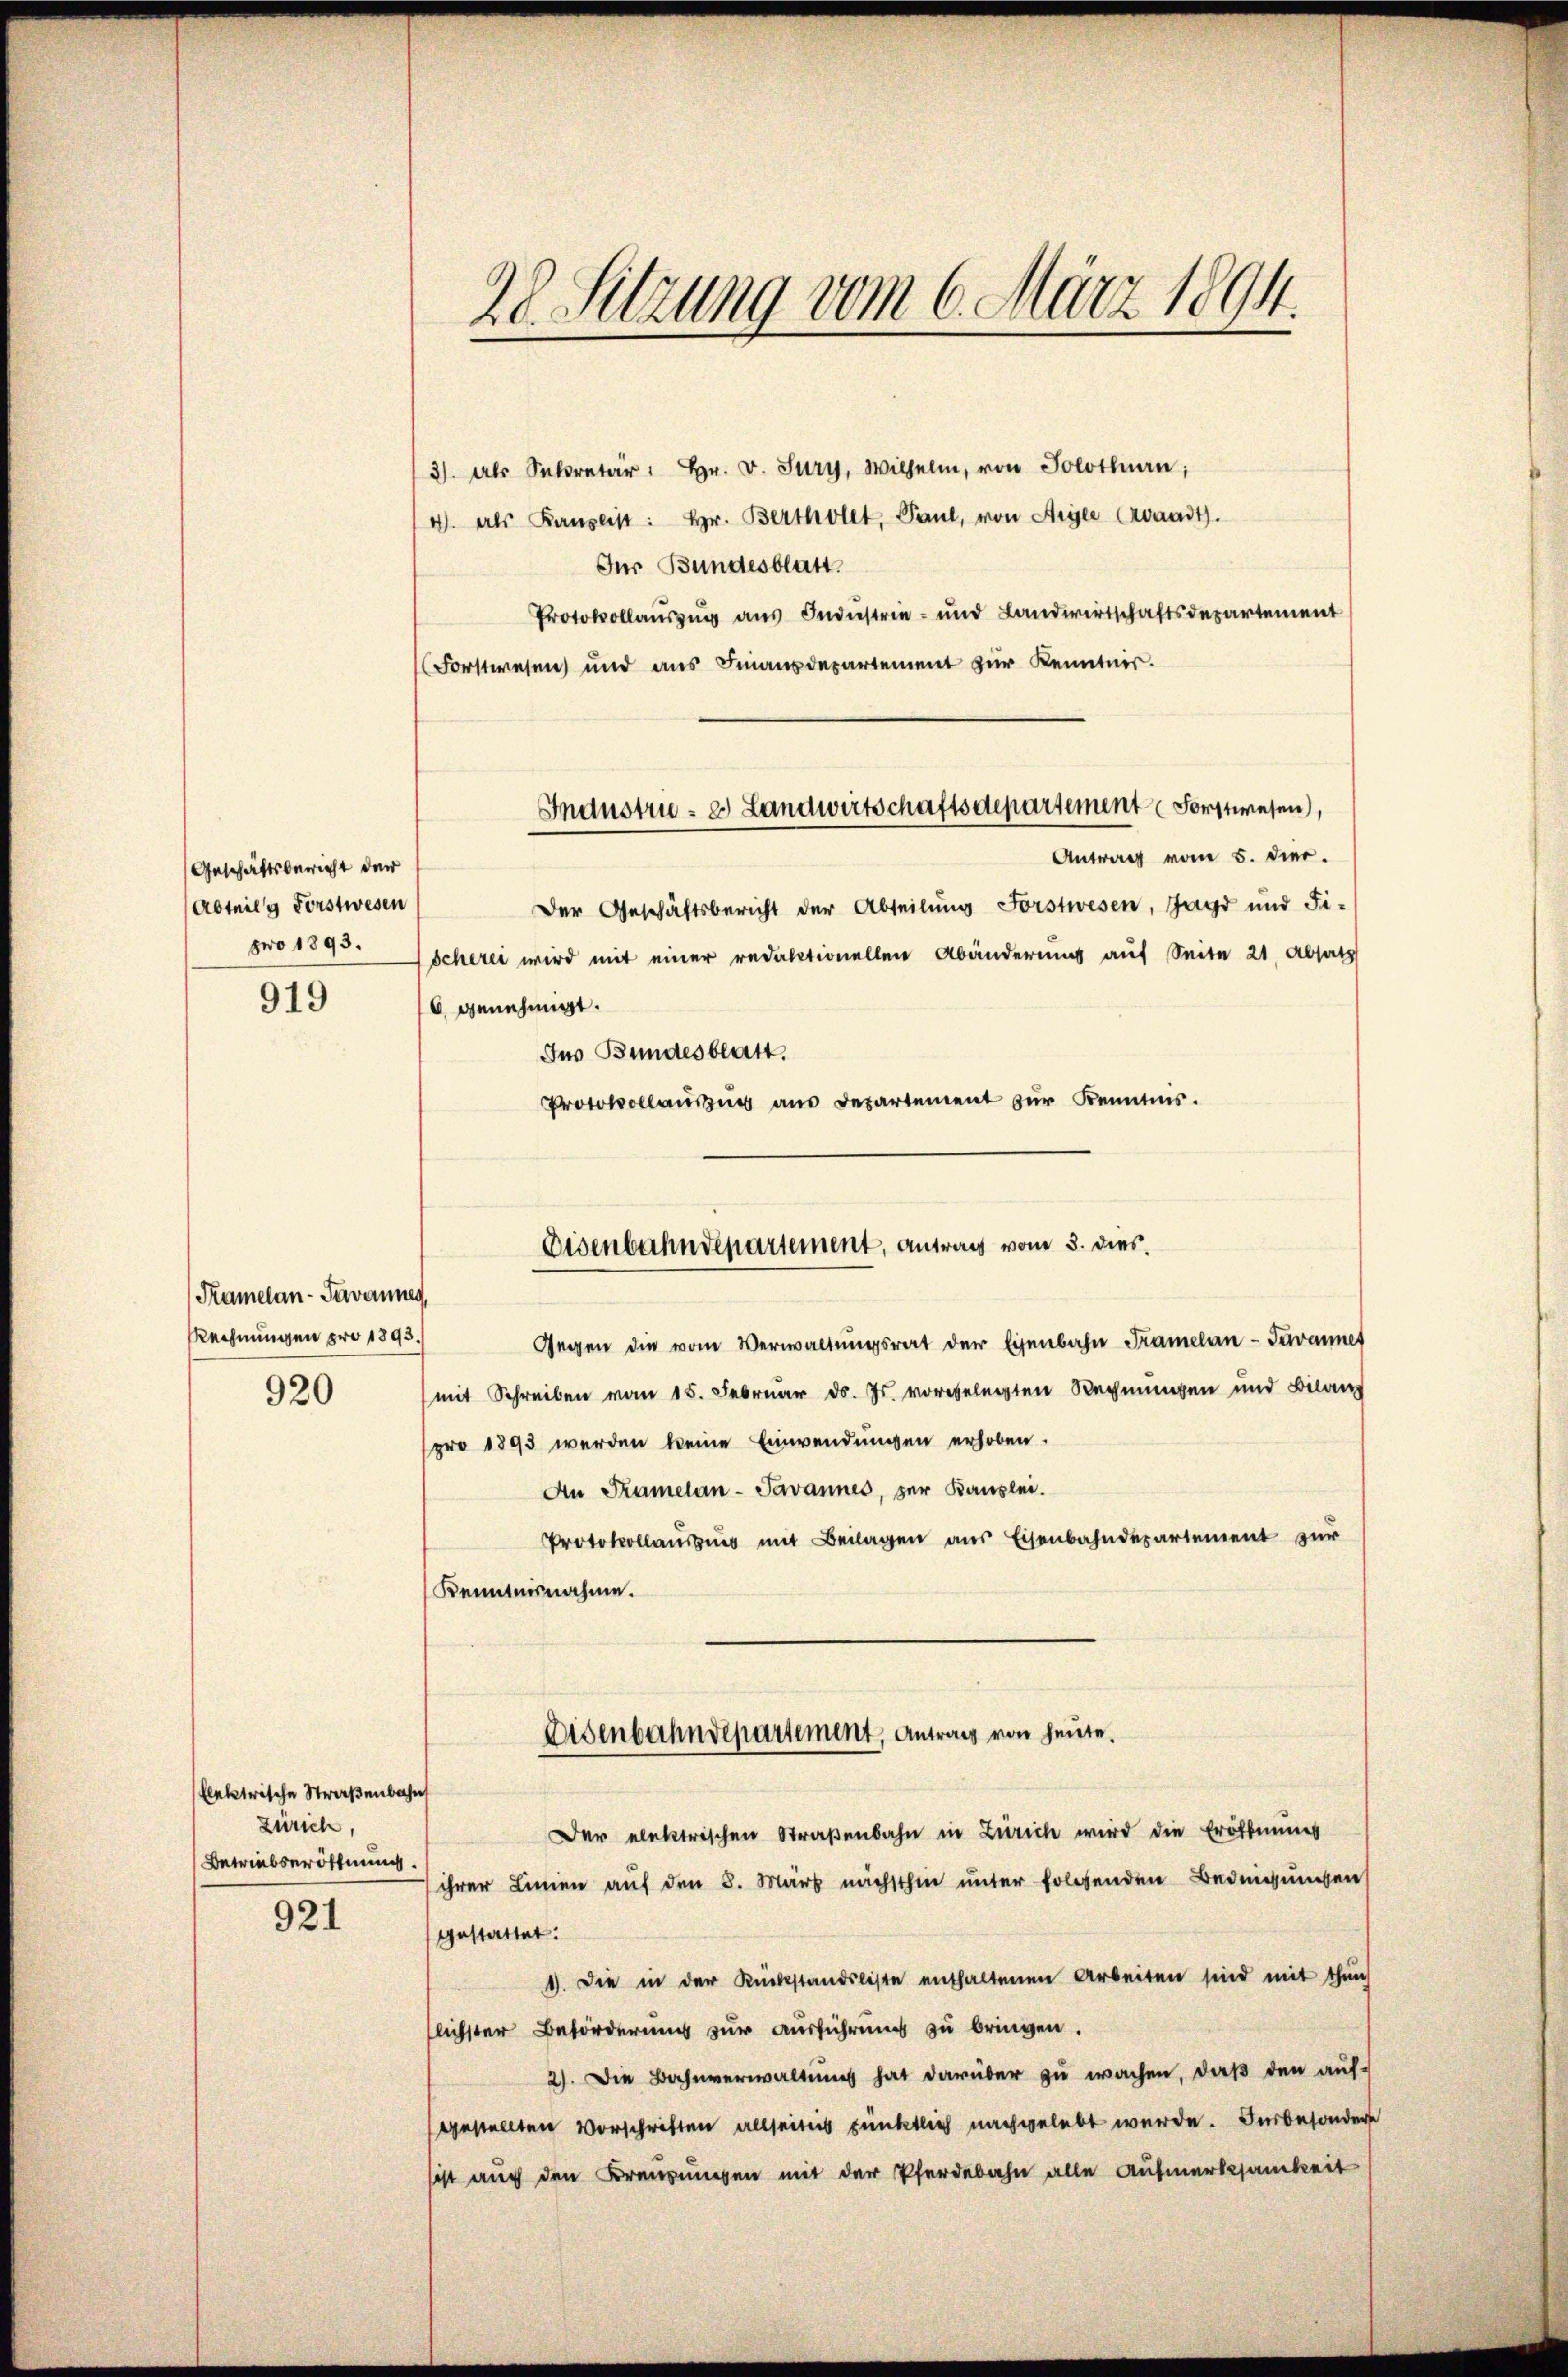
Geschäftsbericht der
Abteil g Forstwesen

919

Kramelan-Tavanneg
Rechnungen pro 1893.
920

flektrische Straßenbahn
Zürich,
Betriebseröffnung

921

3) als Sekretär: Hr. v. Sury, Wilhelm, von Solothurn,
4. als Kanzlist: Hr. Bertholet, Paul, von Aigle Croaadt).
Für Bundesblatt.
Protokollauszug aus Industrie- und Landwirtschaftsdepartement
Forstwesen und ans Finanzdepartement zur Kenntnis.
Antrag vom 5. Dier.
Der Geschäftsbericht der Abteilung Forstwesen, Jagd und Fi-
pro 1895. scherei wird mit einer redaktionellen Abänderung auf Seite 21, Absatz
6 genehmigt.
Ins Bundesblatt.
Protokollaŭszŭg aŭs Departement zŭr Kenntnis.

28 Sitzung vom 6. März 1894.

Inanstru - e. Landwirtschaftsdepartement Forstwesen,

Eisenbahndepartement, antrag vom 3. dies

Gegen die vom Verwaltŭngsrat der Eisenbahn Tramelan-Tavannes
(mit Schreiben vom 15. Februar d. Js. vorgelegten Rechnungen und Bilanz
pro 1893 werden keine Einwendungen erhoben.
An Tramelan-Javannes, zur Kanzlei.
Protokollausung mit Beilagen aus Eisenbahndepartement zur
Kenntnisnahme.
Der elektrischen Straßenbahn in Zürich wird die Eröffnung
ihrer Linien auf den 8. März nächsthin unter folgenden Bedingungen
gestattet.
1). Die in der Rückstandsliste enthaltenen Arbeiten sind mit thun
lichster Beförderung zur Ausführung zu bringen.
2). Die Bahnverwaltung hat darüber zu wachen, daß den auf-
gestellten Vorschriften allseitiis pünktlich nachgelebt wurde. Insbesonderse
sist auch den Kreuzungen mit der Pferdebahn alle Aufmerksamkeit

Disenbahndepartement, Antrag von heute.